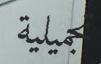
تجمیلیة